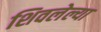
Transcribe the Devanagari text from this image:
शिवलेल्या